Senior Leaving Certificate Examination (including Day School Certificate (Higher) General paper), 1949
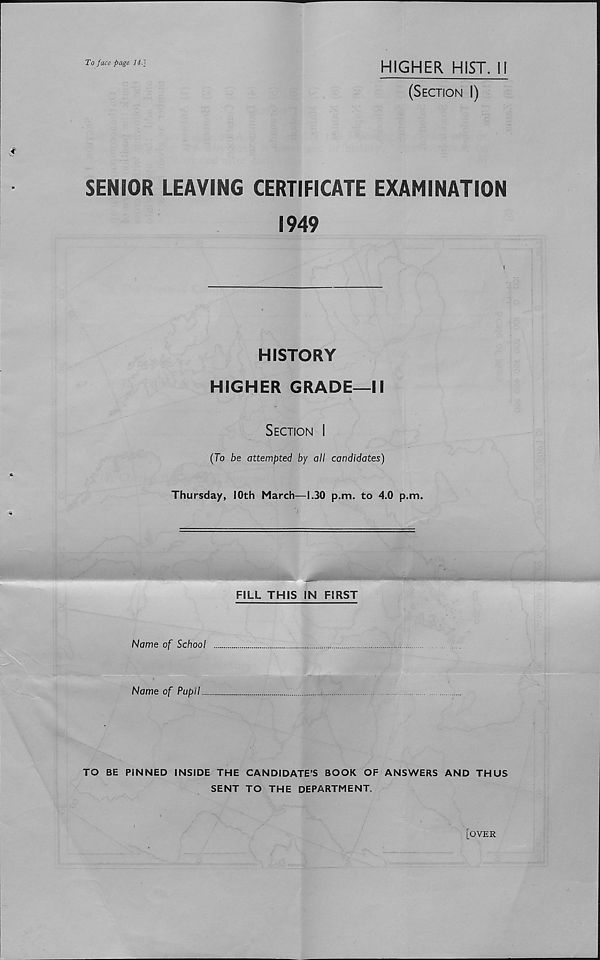
To face page 14.']
HIGHER HIST, il
(Section I)
SENIOR LEAVING CERTIFICATE EXAMINATION
1949
HISTORY
HIGHER GRADE—II
Section I
(To be attempted by all candidates)
Thursday, 10th March—1.30 p.m. to 4.0 p.m.
FILL THIS IN FIRST